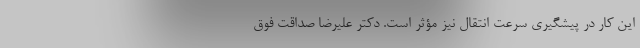
این کار در پیشگیری سرعت ‌انتقال نیز مؤثر است. دکتر علیرضا صداقت فوق